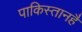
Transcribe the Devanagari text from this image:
पाकिस्तानहैं